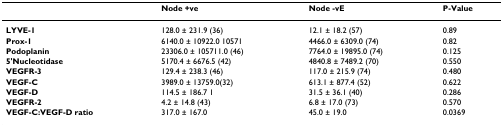
<table><thead><tr><td></td><td><b>Node +ve</b></td><td><b>Node -vE</b></td><td><b>P-Value</b></td></tr></thead><tbody><tr><td><b>LYVE-1</b></td><td>128.0 ± 231.9 (36)</td><td>12.1 ± 18.2 (57)</td><td>0.89</td></tr><tr><td><b>Prox-1</b></td><td>6140.0 ± 10922.0 10571</td><td>4466.0 ± 6309.0 (74)</td><td>0.82</td></tr><tr><td><b>Podoplanin</b></td><td>23306.0 ± 105711.0 (46)</td><td>7764.0 ± 19895.0 (74)</td><td>0.125</td></tr><tr><td><b>5&#x27;Nucleotidase</b></td><td>5170.4 ± 6676.5 (42)</td><td>4840.8 ± 7489.2 (70)</td><td>0.550</td></tr><tr><td><b>VEGFR-3</b></td><td>129.4 ± 238.3 (46)</td><td>117.0 ± 215.9 (74)</td><td>0.480</td></tr><tr><td><b>VEGF-C</b></td><td>3989.0 ± 13759.0(32)</td><td>613.1 ± 877.4 (52)</td><td>0.622</td></tr><tr><td><b>VEGF-D</b></td><td>114.5 ± 186.7 1</td><td>31.5 ± 36.1 (40)</td><td>0.286</td></tr><tr><td><b>VEGFR-2</b></td><td>4.2 ± 14.8 (43)</td><td>6.8 ± 17.0 (73)</td><td>0.570</td></tr><tr><td><b>VEGF-C:VEGF-D ratio</b></td><td>317.0 ± 167.0</td><td>45.0 ± 19.0</td><td>0.0369</td></tr></tbody></table>